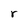
Character: r